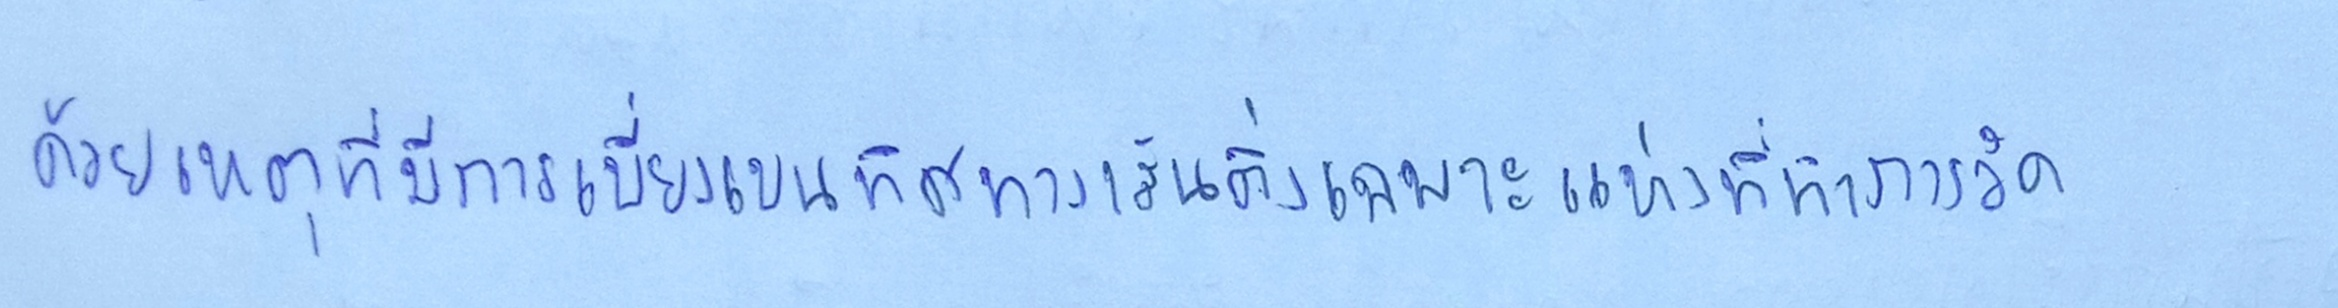
ด้วยเหตุที่มีการเบี่ยงเบนทิศทางเส้นดิ่งเฉพาะแห่งที่ทำการวัด